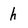
Character: h